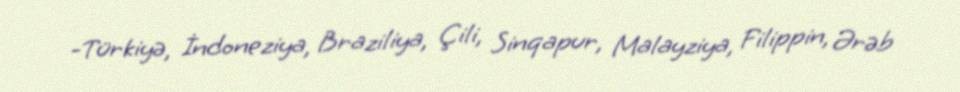
-Türkiyə, İndoneziya, Braziliya, Çili, Sinqapur, Malayziya, Filippin, Ərəb